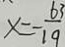
x = - \frac { 6 3 } { 1 9 }